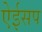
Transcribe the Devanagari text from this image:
ऐईसप